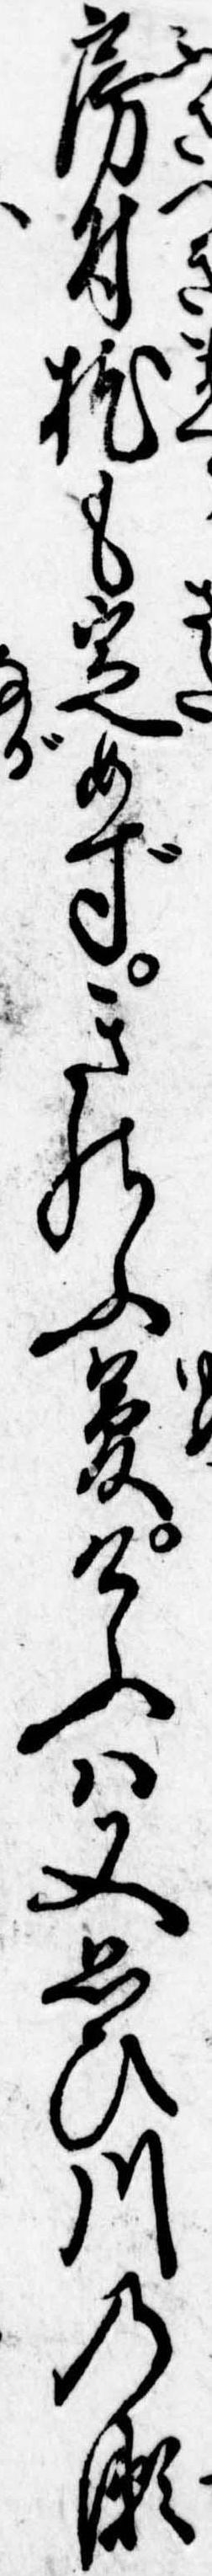
房付枕も定めずきのふ夢けふは又思ひ川の瀬